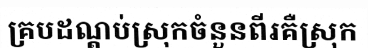
គ្របដណ្តប់ស្រុកចំនួនពីរគឺស្រុក